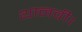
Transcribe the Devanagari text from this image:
थानवी।